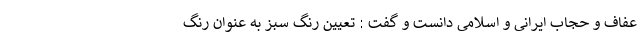
عفاف و حجاب ایرانی و اسلامی دانست و گفت : تعیین رنگ سبز به عنوان رنگ